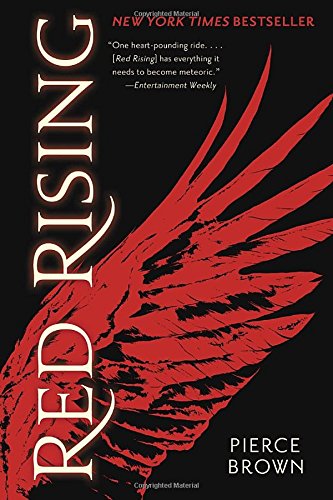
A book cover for Red Rising; Pierce Brown; Science Fiction & Fantasy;